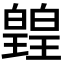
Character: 𭽡